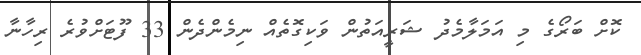
ކޮށް ބަރޯގެ މި އަމަލާމެދު ޝަރީއަތުން ވަކިގޮތެއް ނިމެންދެން 33 ފޫޓަށްވުރެ ރިހާނާ